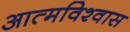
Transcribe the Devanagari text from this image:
आत्‍मविश्‍वास